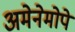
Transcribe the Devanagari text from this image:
अमेनेमोपे